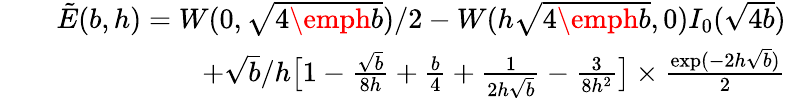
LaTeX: \begin{array}{rlr}&{}&{\tilde{E}(b,h)=W(0,\sqrt{4\emph{b}})/2-W(h\sqrt{4\emph{b}},0)I_{0}(\sqrt{4b})}\\ &{}&{+\sqrt{b}/h\big[1-{\frac{\sqrt{b}}{8h}}+{\frac{b}{4}}+{\frac{1}{2h\sqrt{b}}}-{\frac{3}{8h^{2}}}\big]\times{\frac{\exp(-2h\sqrt{b})}{2}}}\end{array}